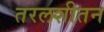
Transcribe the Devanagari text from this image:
तरलशीतन